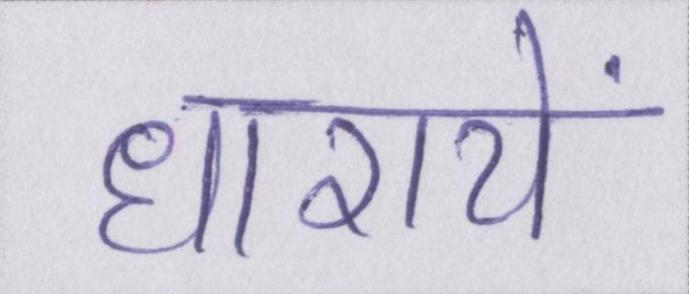
धारायें